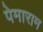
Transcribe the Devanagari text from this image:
पेमाराम